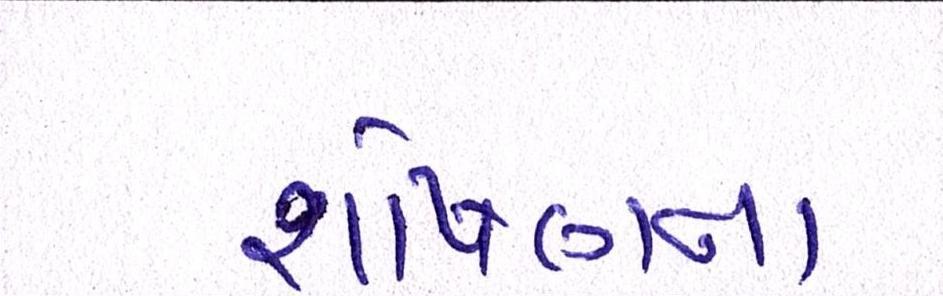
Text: શોષણના